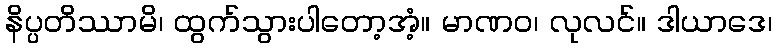
နိပ္ပတိဿာမိ၊ ထွက်သွားပါတော့အံ့။ မာဏဝ၊ လုလင်။ ဒါယာဒေ၊